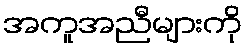
အကူအညီများကို